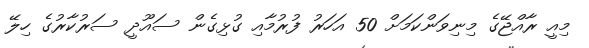
މިއީ ރާއްޖޭގެ މިނިވަންކަމަށް 50 އަހަރު ފުރުމާއި ގުޅިގެން ސައޫދީ ސަރުކާރުގެ ހިލޭ